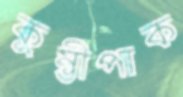
কুম্ভীপাক